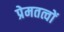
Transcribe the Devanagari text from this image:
प्रेमतत्वों